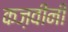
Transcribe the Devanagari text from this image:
कज़वीनी